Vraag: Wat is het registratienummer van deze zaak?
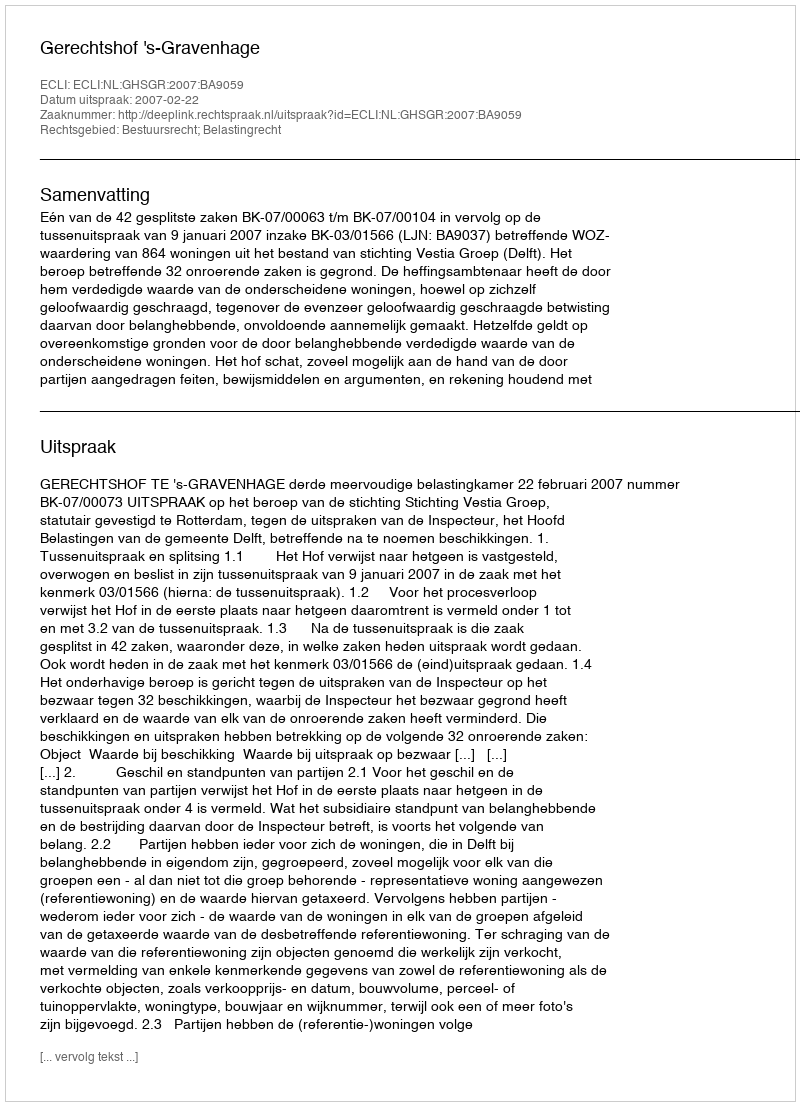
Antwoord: http://deeplink.rechtspraak.nl/uitspraak?id=ECLI:NL:GHSGR:2007:BA9059